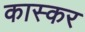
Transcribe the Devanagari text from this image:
कास्कर